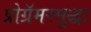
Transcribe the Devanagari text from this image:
प्रोग्रॅमरसुद्धा